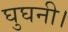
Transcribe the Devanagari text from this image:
घुघनी।